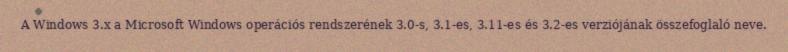
A Windows 3.x a Microsoft Windows operációs rendszerének 3.0-s, 3.1-es, 3.11-es és 3.2-es verziójának összefoglaló neve.